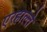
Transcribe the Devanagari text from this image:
एरहाल्ते